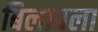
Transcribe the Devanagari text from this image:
बिलावला